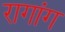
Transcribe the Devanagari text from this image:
रागांग